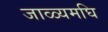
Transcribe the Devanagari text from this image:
जाळ्यमघि